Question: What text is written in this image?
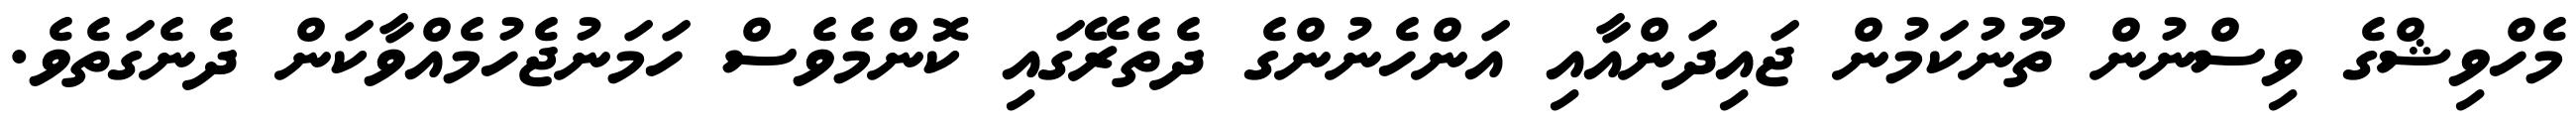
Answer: މެހްވިޝްގެ ވިސްނުން ތޫނުކަމުން ޖައިދަންއާއި އަންހެނުންގެ ދެތެރޭގައި ކޮންމެވެސް ހަމަނުޖެހުމެއްވާކަން ދެނެގަތެވެ.